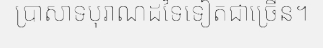
ប្រាសាទបុរាណដទៃទៀតជាច្រើន។